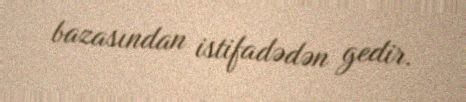
bazasından istifadədən gedir.